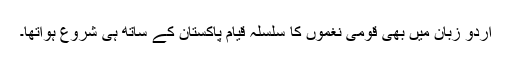
اردو زبان میں بھی قومی نغموں کا سلسلہ قیامِ پاکستان کے ساتھ ہی شروع ہواتھا۔